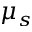
\mu _ { s }